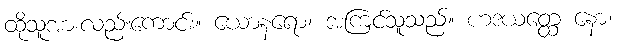
ထိုသူအားလည်းကောင်း။ ယောနရော၊ အကြင်သူသည်။ ဟဒယတ္ထေ နော၊